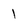
Character: 1